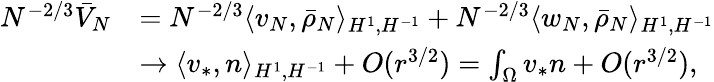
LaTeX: \begin{array}{rl}{N^{-2/3}\bar{V}_{N}}&{=N^{-2/3}\langle v_{N},\bar{\rho}_{N}\rangle_{H^{1},H^{-1}}+N^{-2/3}\langle w_{N},\bar{\rho}_{N}\rangle_{H^{1},H^{-1}}}\\ &{\to\langle v_{\ast},n\rangle_{H^{1},H^{-1}}+O(r^{3/2})=\int_{\Omega}v_{\ast}n+O(r^{3/2}),}\end{array}